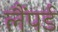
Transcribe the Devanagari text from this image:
लैंपर्ड